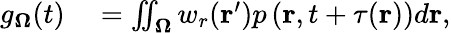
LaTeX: \begin{array}{rl}{g_{\mathbf{\Omega}}(t)}&{{}=\iint_{\mathbf{\Omega}}w_{r}(\textbf{r}^{\prime})p\left(\textbf{r},t+\tau(\textbf{r})\right)d\textbf{r},}\end{array}